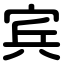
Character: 宾